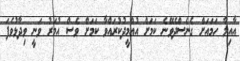
އާއިލާ ހަމައަށް ގެނެސްދެވޭނެ ކަމަށް އުއްމީދުކުރައްވާ ކަމަށް ވެސް އުމަރު ވަނީ ވިދާޅުވެފަ